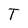
Character: T